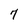
Character: 7